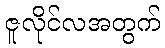
ဇူလိုင်လအတွက်